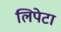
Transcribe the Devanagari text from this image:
लिपेटा